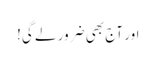
اور آج بھی ضرور لے گی!